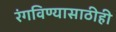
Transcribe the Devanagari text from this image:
रंगविण्यासाठीही